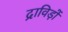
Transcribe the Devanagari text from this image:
द्राविड़ों